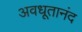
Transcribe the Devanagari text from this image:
अवधूतानंद